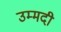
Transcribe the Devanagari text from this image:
उम्मदी